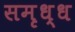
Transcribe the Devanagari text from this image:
समृध्ध